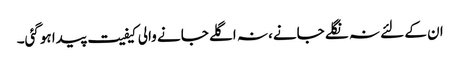
ان کے لئے نہ نگلے جانے، نہ اگلے جانے والی کیفیت پیدا ہوگئی۔